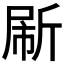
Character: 𰕟